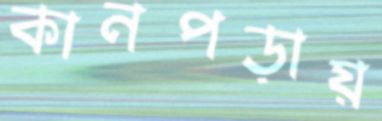
কানপড়ায়